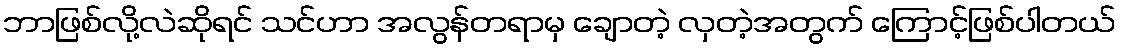
ဘာဖြစ်လို့လဲဆိုရင် သင်ဟာ အလွန်တရာမှ ချောတဲ့ လှတဲ့အတွက် ကြောင့်ဖြစ်ပါတယ်